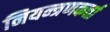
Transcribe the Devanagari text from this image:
नियन्त्रणकर्त्ता